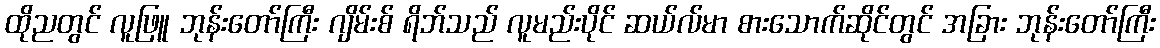
ထိုညတွင် လူဖြူ ဘုန်းတော်ကြီး ဂျိမ်းစ် ရိဘ်သည် လူမည်းပိုင် ဆယ်လ်မာ စားသောက်ဆိုင်တွင် အခြား ဘုန်းတော်ကြီး